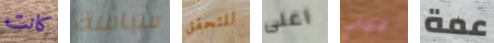
كانت سياسة للتحقق اعلى الالماني عمة